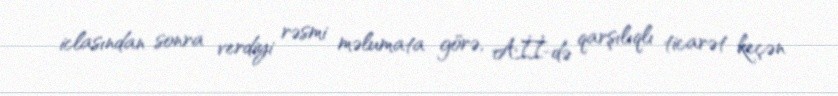
iclasından sonra verdiyi rəsmi məlumata görə, Aİİ-də qarşılıqlı ticarət keçən